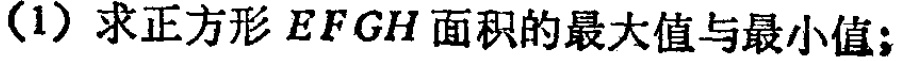
(1) 求正方形 \(EFGH\) 面积的最大值与最小值；